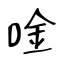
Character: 唫